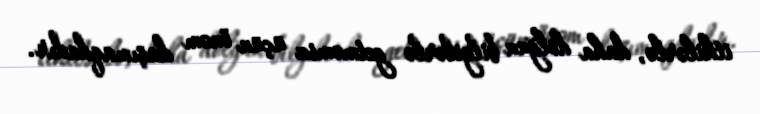
itkilərlə, daha dolğun bilgilərlə getməmiz üçün önəm daşımaqdadır.